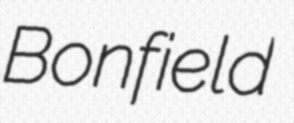
Bonfield